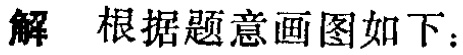
解 根据题意画图如下：